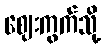
ဈေးကွက်သို့